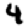
Digit: 4